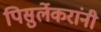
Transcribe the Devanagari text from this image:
पिसुर्लेकरांनी